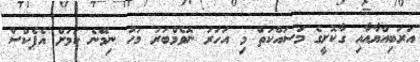
އަރަބިއްޔާއާއި ގާކޮށީގެ މަސައްކަތް މި އަހަރު ނޮވެމްބަރު މަހު ނިމޭނެ ކަމަށް އެޕެކްސް